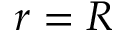
r = R